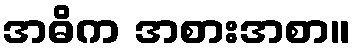
အဓိက အစားအစာ။